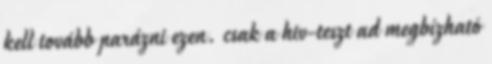
kell tovább parázni ezen. csak a hiv-teszt ad megbízható